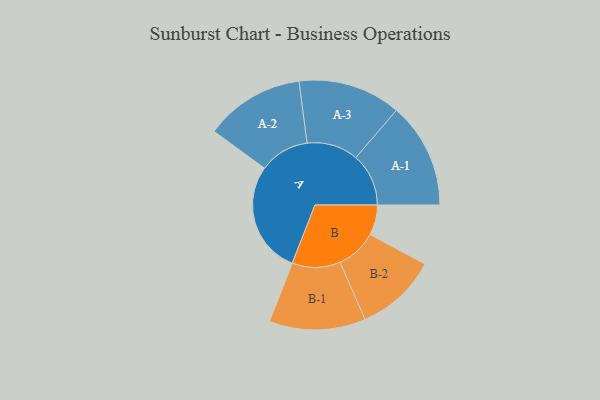
{"axis": {"x": "Segment", "y": "Value"}, "legend": ["", "A", "B"], "data": [{"x": "A", "y": 412, "type": ""}, {"x": "B", "y": 111, "type": ""}, {"x": "A-1", "y": 194, "type": "A"}, {"x": "A-2", "y": 183, "type": "A"}, {"x": "A-3", "y": 189, "type": "A"}, {"x": "B-1", "y": 177, "type": "B"}, {"x": "B-2", "y": 150, "type": "B"}]}